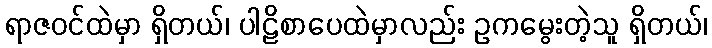
ရာဇဝင်ထဲမှာ ရှိတယ်၊ ပါဠိစာပေထဲမှာလည်း ဥကမွေးတဲ့သူ ရှိတယ်၊